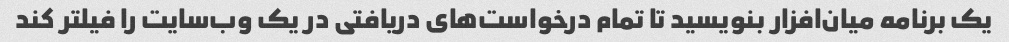
یک برنامه میان‌افزار بنویسید تا تمام درخواست‌های دریافتی در یک وب‌سایت را فیلتر کند